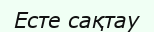
Есте сақтау